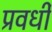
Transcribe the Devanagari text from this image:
प्रवर्धी